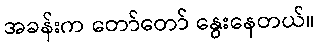
အခန်းက တော်တော် နွေးနေတယ်။